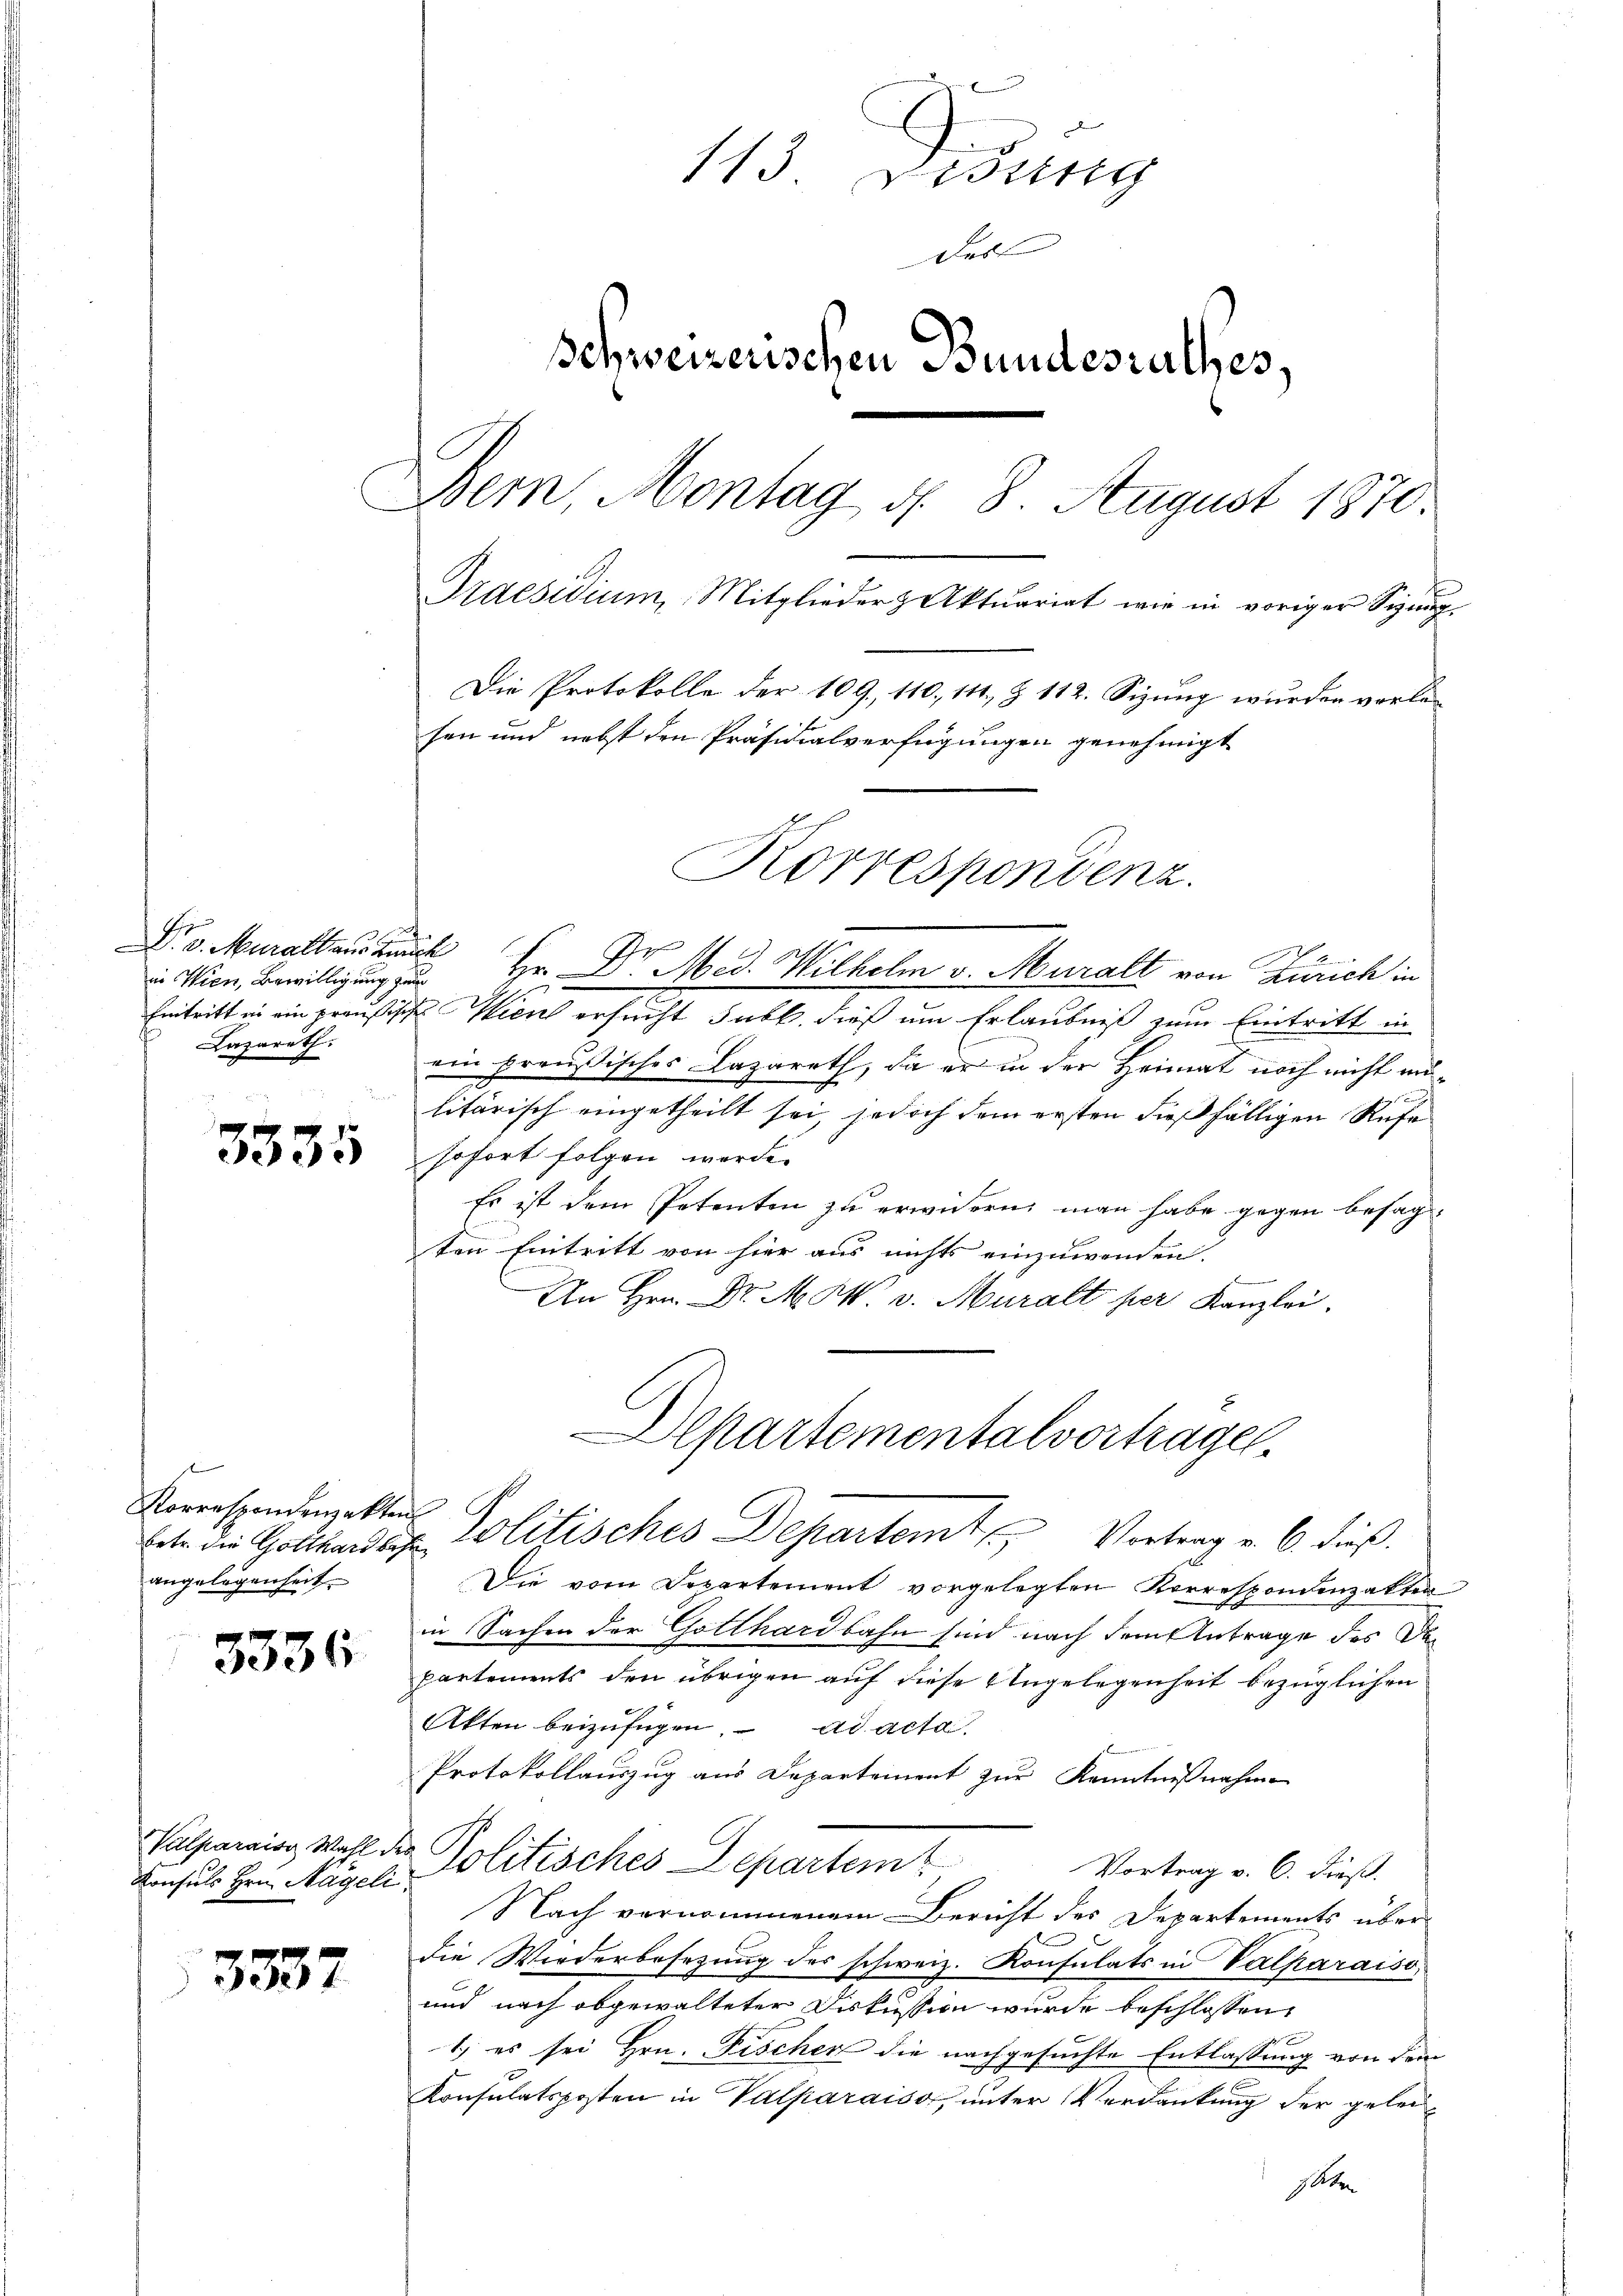
Dr. Muraltaus de
in Wien, Bewilligung zum
Lazareth.

3335

Korrespondemakten
angelegenheit.

3336

Konsuls Hrn. Hageli

3337

113 Disseng
das
Schweizerischen Bundesrathes,
Bern, Montag d. 8 August 1870.
Praesidium, Mitglieder Aktuariat wie in voriger Sigŭng.
Die Protokolle der 109, 110, 141, § 112. Sizung wurden vorlefen und nebst den Präsidialverfügungen genehmigt

Hr. Dr. Med. Wilhelm v. Muralt von Zürich in
Eintritt in ein preußische Wien ersucht Tabl. dieß um Erlaubniß zum Eintritt in
ein preußisches Lazareth, da er in der Heimat noch nicht anlitärisch eingetheilt sei, jedoch dem ersten dießfälligen Rufe
sofort folgen werde.
Es ist dem Petenten zu erwidern, man habe gegen besagten Eintritt von hier aus nichts einzuwenden.
An Hrn. Dr. M. M. v. Muralt per Kanzlei.
Die vom Departement vorgelegten Korrespondenzakter
in Sachen der Gotthardbahn sind nach dem Antrage des Dapartements den übrigen auf diese Angelegenheit bezüglichen
Akten beizufügen. ad acta
Protokollauszug aus Departement zur Kenntnißnahme
Valparois Wahl der Politisches Departem Vortrag v. 6. dieß.
Nach vernommenem Bericht des Departements über
d
die Wiederbesezung des schweiz. Konsulats in Valparaiso
und nach abgewalteter Diskussion wurde beschlossen:
x
1.) es sei Hrn. Fischen die nachgesuchte Entlassung von dem
Konsulatsposten in Valparaiss, unter Verdankung der gelei¬

Korrespondenz.

Departementalvertragen.
betr. die Gottenden Politisches Departemte Vortrag v. 6. dieß.